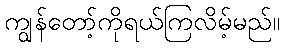
ကျွန်တော့်ကိုရယ်ကြလိမ့်မည်။